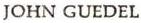
JOHN GUEDEL